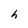
Character: h